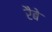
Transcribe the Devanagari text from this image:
रैबे